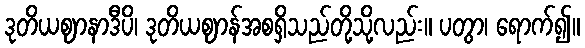
ဒုတိယဈာနာဒီပိ၊ ဒုတိယဈာန်အစရှိသည်တို့သို့လည်း။ ပတွာ၊ ရောက်၍။